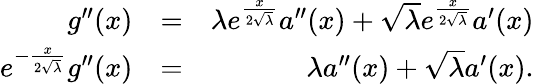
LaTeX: \begin{array}{rlr}{g^{\prime\prime}(x)}&{=}&{\lambda e^{\frac{x}{2\sqrt{\lambda}}}a^{\prime\prime}(x)+{\sqrt{\lambda}}e^{\frac{x}{2\sqrt{\lambda}}}a^{\prime}(x)}\\ {e^{-\frac{x}{2\sqrt{\lambda}}}g^{\prime\prime}(x)}&{=}&{\lambda a^{\prime\prime}(x)+{\sqrt{\lambda}}a^{\prime}(x).}\end{array}